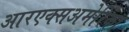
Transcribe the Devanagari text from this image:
आरएक्सअमेरिका